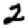
Digit: 2